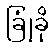
ခြုံခို